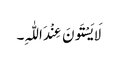
لَایَسْتَونَ عِنْدَ اللّٰہِ۔